Scottish Leaving Certificate Examination, 1958
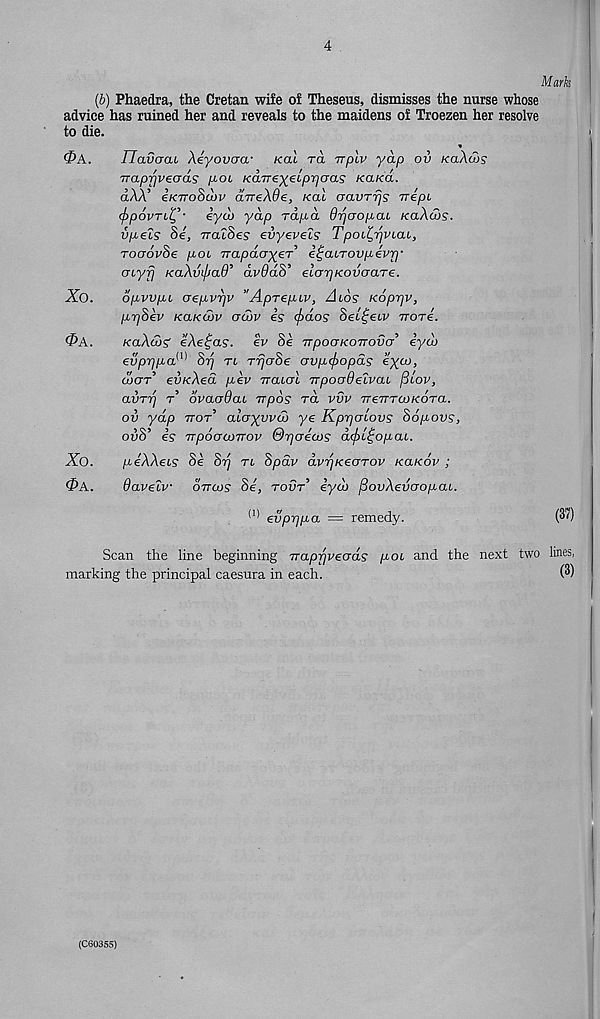
4
Mark
(b) Phaedra, the Cretan wife of Theseus, dismisses the nurse whose
advice has ruined her and reveals to the maidens of Troezen her resolve
to die.
*
0A.
IJavocu Xeyovcra- kol to, rrplv yap ov koAws
Traprjveaas poi Ka.Tre'^eLprjaa's reared.
dAA’ ireTToSwv dVeAde, /cat fjavrrjs rrepi
(f>p6vTLl, ,^ iyd> yap rd/xet Orjoopai reaXurs.
vpeis 8e, iralSes evyeveis Tpot^vtat,
rocrdvSe poi jrapda-^eT etpaiTovpevrj-
cnyfj reaXvl|Ja6 , dvddS’ elcrrjKovaare.
Xo.
opvvyn aep-vrjv "Aprepw, Alos KoprjV,
pr]8ev rearearv adbv is efrdos Set^etv Trori.
Oa.
reaXtoS eXe^as. ev 8e TTpoareovovcr’ iyco
evpr]p,a w 87] rt rrjaSe avpefropds e%ai,
djerr 5 eirreXed pev Traiol TTpoaOelvai ficov,
avTTj t dvaaOai arpos to. vvv TreTTTWKora.
ov yap ttot’ alayyvd) ye Kprjarovs 86povs,
0118’ is TrpoacoTTOv Orjaioos defrl^opac.
Xo.
piXXeis 8i 8rj rt 8pdv dvriKearov reareov ;
0A.
davelv ovtos Si, tout’ iyd) ^ovXevaopar.
(1) evprjpa = remedy.
(S' 1 )
Scan the line beginning Trappvecrds por and the next two lines,
marking the principal caesura in each.
(S)
(C6035S)